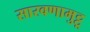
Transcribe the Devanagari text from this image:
सारवणामुट्टू